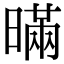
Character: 暪